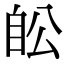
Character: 𦤉